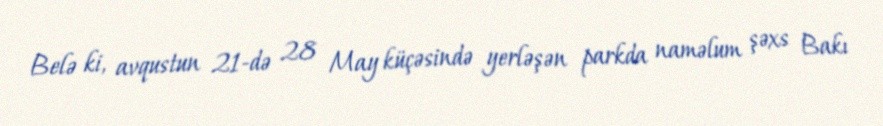
Belə ki, avqustun 21-də 28 May küçəsində yerləşən parkda naməlum şəxs Bakı